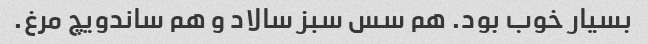
بسیار خوب بود. هم سس سبز سالاد و هم ساندویچ مرغ.